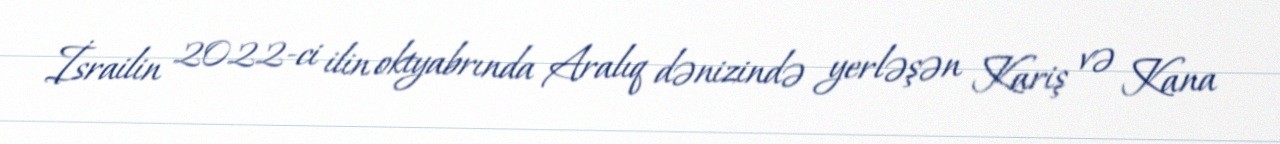
İsrailin 2022-ci ilin oktyabrında Aralıq dənizində yerləşən Kariş və Kana